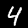
Digit: 4